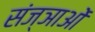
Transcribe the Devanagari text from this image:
संज्ञाओें